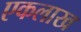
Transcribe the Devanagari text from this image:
एकलाख